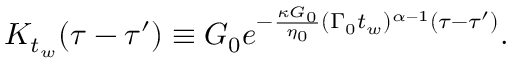
\begin{array} { r } { K _ { t _ { w } } ( \tau - \tau ^ { \prime } ) \equiv G _ { 0 } e ^ { - \frac { \kappa G _ { 0 } } { \eta _ { 0 } } ( \Gamma _ { 0 } t _ { w } ) ^ { \alpha - 1 } ( \tau - \tau ^ { \prime } ) } . } \end{array}